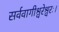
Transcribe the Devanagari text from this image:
सर्ववागीश्वरेश्वरः।